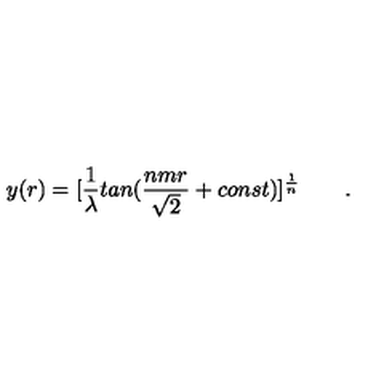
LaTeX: y ( r ) = [ { \frac { 1 } { \lambda } } t a n ( { \frac { n m r } { \sqrt 2 } } + c o n s t ) ] ^ { \frac { 1 } { n } } \qquad .